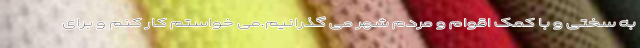
به سختی و با کمک اقوام و مردم شهر می گذرانیم.می خواستم کار کنم و برای